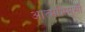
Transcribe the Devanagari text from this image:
आत्मभिमुखी